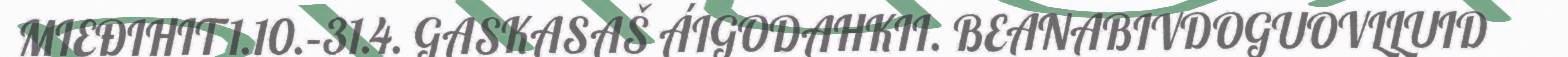
MIEĐIHIT 1.10.–31.4. GASKASAŠ ÁIGODAHKII. BEANABIVDOGUOVLLUID